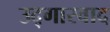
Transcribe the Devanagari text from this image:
उद्गारवाद